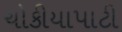
ચોકીયાપાટી